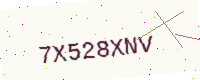
Text: 7X528XNV